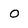
Character: 0